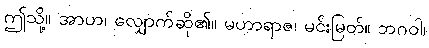
ဤသို့။ အာဟ၊ လျှောက်ဆို၏။ မဟာရာဇ၊ မင်းမြတ်။ ဘဂဝါ၊